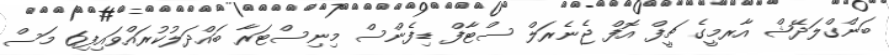
ބަންގްލަދޭޝް އާރމީގެ ޗީފް އޮފް ޖެނެރަލް ސްޓާފް ޑިފެންސް މިނިސްޓަރާ ބައްދަލުކުރައްވައިފި6 މަސް